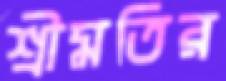
শ্রীমতির